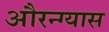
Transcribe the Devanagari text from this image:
औरन्ग्यास